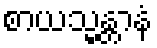
စာယသ္မန္တာနံ